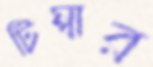
টিম্বার